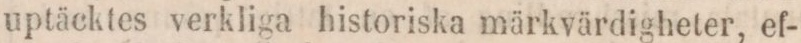
uptäcktes verkliga historiska märkvärdigheter, ef-